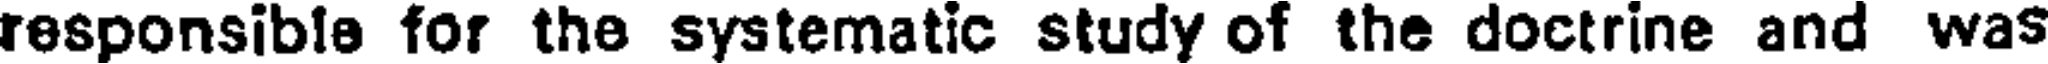
responsible for the systematic study of the doctrine and was